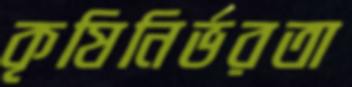
কৃষিনির্ভরতা